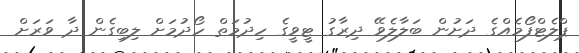
ޕްލެޓްފޯމެއްގެ ދަށުން ބަލާލެވޭ ދިރާގު ޓީވީގެ ހިދުމަތް ހޯދުމަށް ލިބިގެން ދާ ވަރަށް